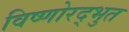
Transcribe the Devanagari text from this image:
विष्णोरद्भुत